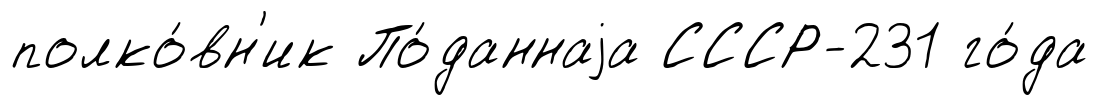
полко́вн'ик По́даннаjа СССР-231 го́да